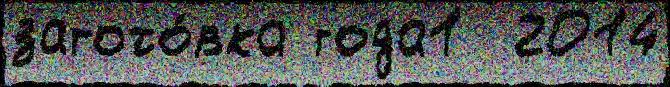
загото́вка года1  2014